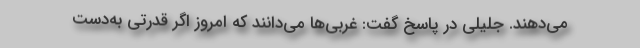
می‌دهند. جلیلی در پاسخ گفت: غربی‌ها می‌دانند که امروز اگر قدرتی به‌دست